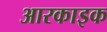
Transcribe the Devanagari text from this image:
आरकाइक